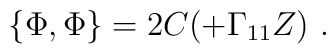
\{ \Phi  ,  \Phi  \}=  2 C (\sl  + \Gamma_{11} Z ) \ .